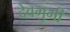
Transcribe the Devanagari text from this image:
देवभुमी